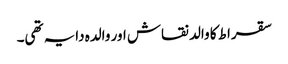
سقراط کا والد نقاش اور والدہ دایہ تھی۔